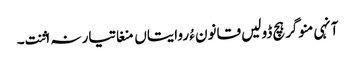
آنہی منوگر ہچ ڈولیں قانون ءُ روایتاں منغا تیار نہ اثنت۔